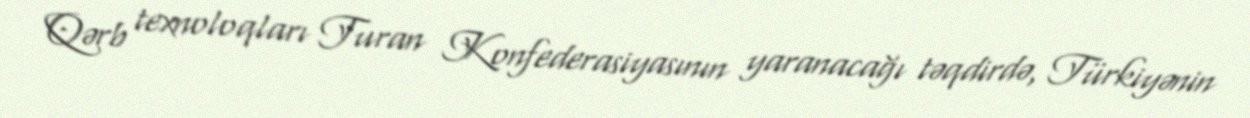
Qərb texnoloqları Turan Konfederasiyasının yaranacağı təqdirdə, Türkiyənin